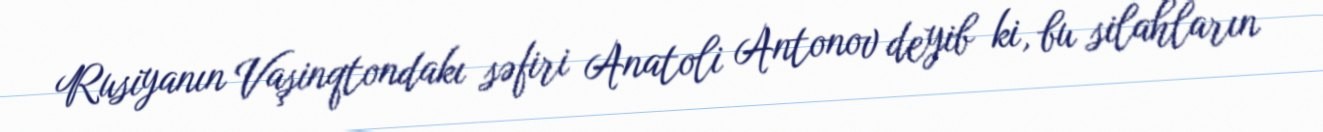
Rusiyanın Vaşinqtondakı səfiri Anatoli Antonov deyib ki, bu silahların